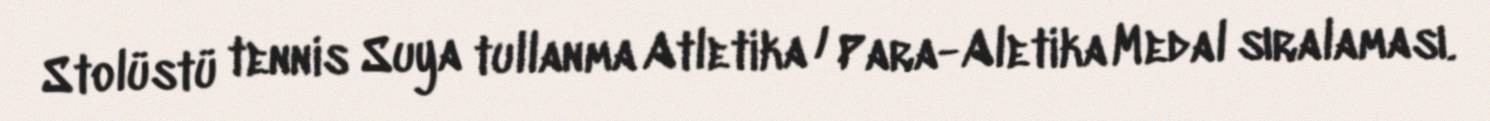
Stolüstü tennis Suya tullanma Atletika / Para-Aletika Medal sıralaması.